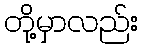
တို့မှာလည်း